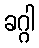
ခဂ္ဂါ